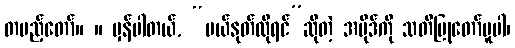
တပည့်တော်။ ။ မှန်ပါတယ်, “ပယ်နုတ်လိုရင်”ဆိုတဲ့ အပိုဒ်ကို သတိပြုတော်မူပါ၊